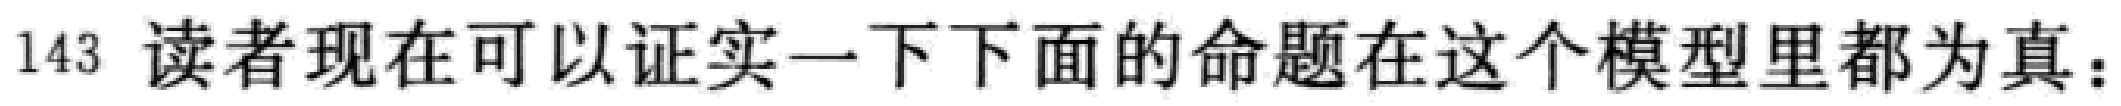
143 读者现在可以证实一下下面的命题在这个模型里都为真：